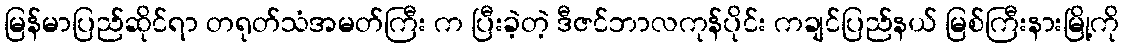
မြန်မာပြည်ဆိုင်ရာ တရုတ်သံအမတ်ကြီး က ပြီးခဲ့တဲ့ ဒီဇင်ဘာလကုန်ပိုင်း ကချင်ပြည်နယ် မြစ်ကြီးနားမြို့ကို